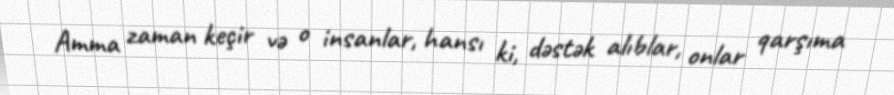
Amma zaman keçir və o insanlar, hansı ki, dəstək alıblar, onlar qarşıma